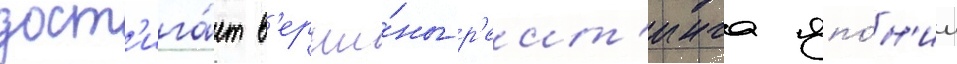
дост'ига́ет в'ерши́ны р'еит'инга япо́н'ии